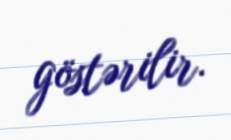
göstərilir.